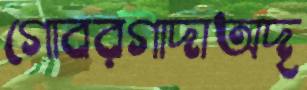
গোবরগাদাঅদৃ